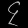
Digit: ၄